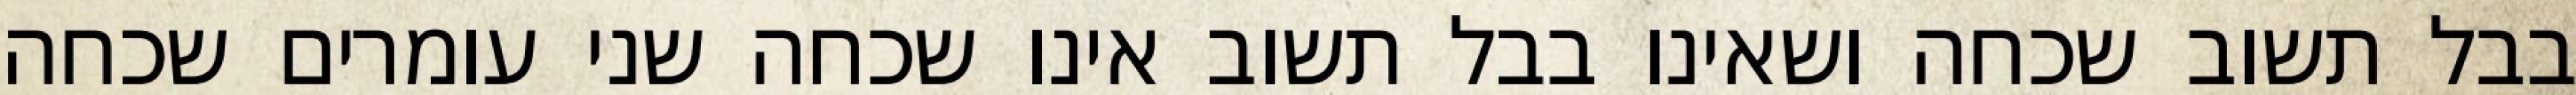
בבל תשוב שכחה ושאינו בבל תשוב אינו שכחה שני עומרים שכחה